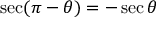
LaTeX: \sec ( \pi - \theta ) = - \sec \theta